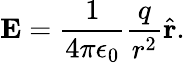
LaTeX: \mathbf{E}={\frac{1}{4\pi\epsilon_{0}}}{\frac{q}{r^{2}}}{\hat{\mathbf{r}}}.